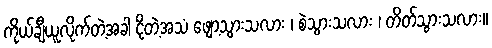
ကိုယ်ချီယူလိုက်တဲ့အခါ ငိုတဲ့အသံ ဖျော့သွားသလား ၊ စဲသွားသလား ၊ တိတ်သွားသလား။